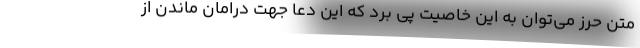
متن حرز می‌توان به این خاصیت پی برد که این دعا جهت درامان ماندن از